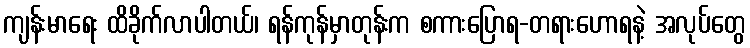
ကျန်းမာရေး ထိခိုက်လာပါတယ်၊ ရန်ကုန်မှာတုန်းက စကားပြောရ-တရားဟောရနဲ့ အလုပ်တွေ